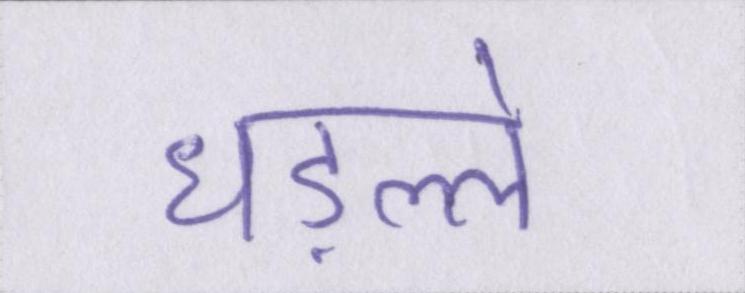
धड़ल्ले